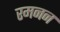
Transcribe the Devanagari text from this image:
रमनन